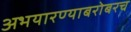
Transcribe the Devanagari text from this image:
अभयारण्याबरोबरच